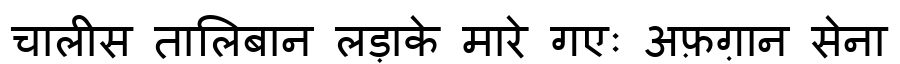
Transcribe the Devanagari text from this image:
चालीस तालिबान लड़ाके मारे गएः अफ़ग़ान सेना